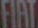
FIAT